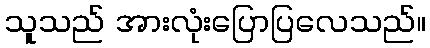
သူသည် အားလုံးပြောပြလေသည်။